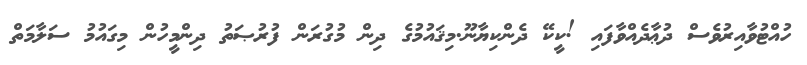
ހުއްޓުވާއިރުވެސް ދުޢާދެއްވާފައި !ކީކޭ ދެންކިޔާނޫ.މިޤައުމުގެ ދިން މުގުރަން ފުރުޞަތު ދިންމީހުން މިގައުމު ސަލާމަތް